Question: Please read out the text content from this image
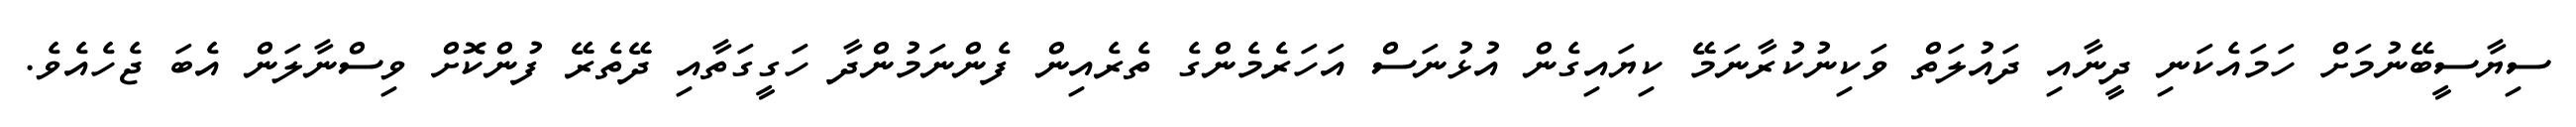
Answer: ސިޔާސީބޭނުމަށް ހަމައެކަނި ދީނާއި ދައުލަތް ވަކިނުކުރާނަމޭ ކިޔައިގެން އުޅުނަސް އަހަރެމެންގެ ތެރެއިން ފެންނަމުންދާ ހަގީގަތާއި ދޭތެރޭ ފުންކޮށް ވިސްނާލަން އެބަ ޖެހެއެވެ.